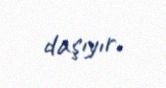
daşıyır.